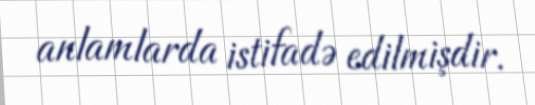
anlamlarda istifadə edilmişdir.